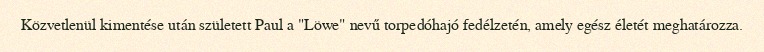
Közvetlenül kimentése után született Paul a "Löwe" nevű torpedóhajó fedélzetén, amely egész életét meghatározza.